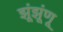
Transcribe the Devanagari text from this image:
झूंझूंणू